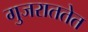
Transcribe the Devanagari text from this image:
गुजराततेत